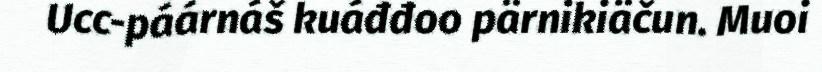
Ucc-páárnáš kuáđđoo pärnikiäčun. Muoi